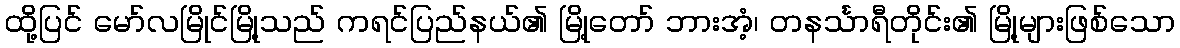
ထို့ပြင် မော်လမြိုင်မြို့သည် ကရင်ပြည်နယ်၏ မြို့တော် ဘားအံ့၊ တနင်္သာရီတိုင်း၏ မြို့များဖြစ်သော